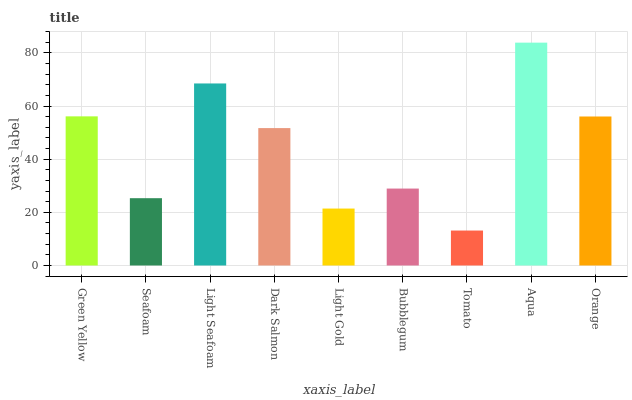
| xaxis_label | bars |
 | --- | --- |
 | Green Yellow | 56.1 |
 | Seafoam | 25.3 |
 | Light Seafoam | 68.5 |
 | Dark Salmon | 51.7 |
 | Light Gold | 21.4 |
 | Bubblegum | 28.9 |
 | Tomato | 13.2 |
 | Aqua | 83.8 |
 | Orange | 56.1 |